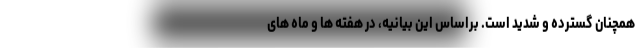
همچنان گسترده و شدید است. براساس این بیانیه، در هفته ها و ماه های